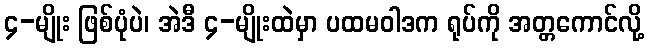
၄-မျိုး ဖြစ်ပုံပဲ၊ အဲဒီ ၄-မျိုးထဲမှာ ပထမဝါဒက ရုပ်ကို အတ္တကောင်လို့